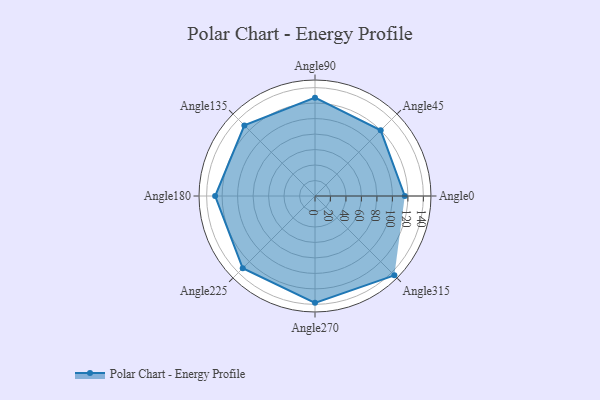
{"axis": {"x": "Angle", "y": "Radius"}, "legend": [""], "data": [{"x": "Angle0", "y": 116.0, "type": ""}, {"x": "Angle45", "y": 120.0, "type": ""}, {"x": "Angle90", "y": 127.0, "type": ""}, {"x": "Angle135", "y": 129.0, "type": ""}, {"x": "Angle180", "y": 129.0, "type": ""}, {"x": "Angle225", "y": 132.0, "type": ""}, {"x": "Angle270", "y": 138.0, "type": ""}, {"x": "Angle315", "y": 145.0, "type": ""}]}